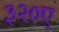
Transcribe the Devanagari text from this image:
३२०ए